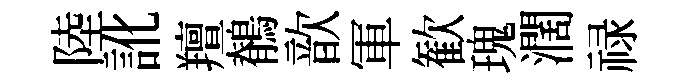
陸訛羶鶺歆軍歓瑰濶禄